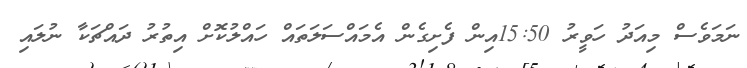
ނަމަވެސް މިއަދު ހަވީރު 15:50އިން ފެށިގެން އެމައްސަލަތައް ހައްލުކޮށް އިތުރު ދައްޗަކާ ނުލައި